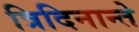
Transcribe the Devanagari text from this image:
त्रिदिनान्ते